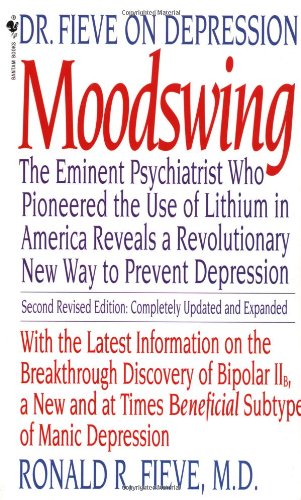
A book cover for Moodswing: Dr. Fieve on Depression:  The Eminent Psychiatrist Who Pioneered the Use of Lithium in America Reveals a Revolutionary New Way to Prevent Depression; Ronald Fieve; Health, Fitness & Dieting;